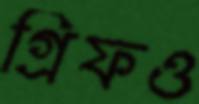
গ্রিফও